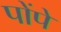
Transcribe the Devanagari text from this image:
पोंपे